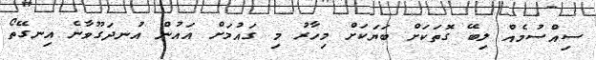
ސިއްސުމެއް ލިބޭ ގޮތަކަށް ބަޔަކަށް މިހާރު މި ގައުމަށް އައުން އުނދަގޫވާނެ އިނގޭތޯ